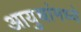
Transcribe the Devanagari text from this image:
आयुधांमध्ये